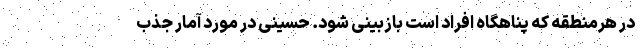
در هرمنطقه که پناهگاه افراد است بازبینی شود. حسینی در مورد آمار جذب